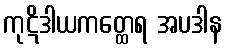
ကုဋိဒါယကတ္ထေရ အပဒါန